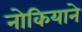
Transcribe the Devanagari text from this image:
नोकियाने